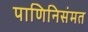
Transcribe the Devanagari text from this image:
पाणिनिसंमत